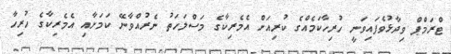
ޓްރަމްޕް ވިދާޅުވެފައިވަނީ ހުރިހާކަމެއްގެ ކުރިއަށް އެމެރިކާގެ މަސްލަހަތު ނެރުއްވާނޭ ކަމަށާއި އެމެރިކާގެ ހުރިހާ